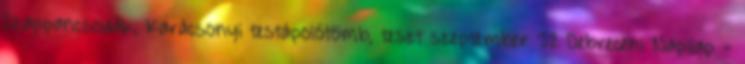
Szappancsodák, Karácsonyi testápolótömb, teszt szeptember 32 Debreceni Napilap -